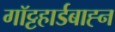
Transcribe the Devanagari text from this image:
गॉट्टहार्डबाह्न